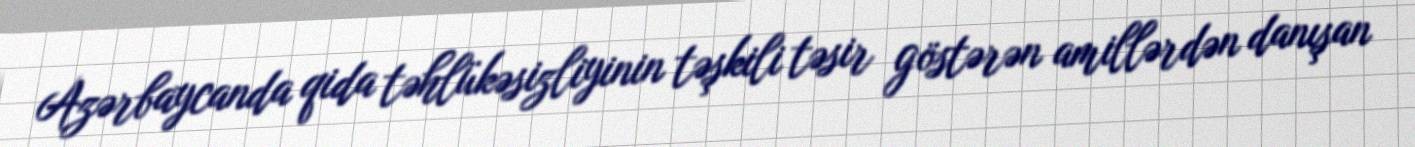
Azərbaycanda qida təhlükəsizliyinin təşkili təsir göstərən amillərdən danışan